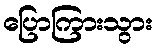
ပြောကြားသွား